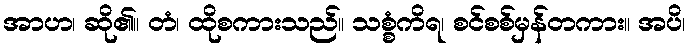
အာဟ၊ ဆို၏။ တံ၊ ထိုစကားသည်။ သစ္စံကိရ၊ စင်စစ်မှန်တကား။ အပိ၊